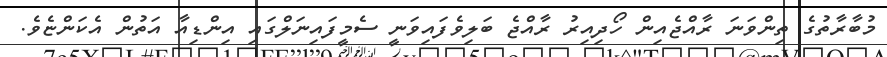
މުބާރާތުގެ ތިންވަނަ ރާއްޖެއިން ހޯދިއިރު ރާއްޖެ ބަލިވެފައިވަނީ ސެމީފައިނަލްގައި އިންޑިއާ އަތުން އެކަންޏެވެ.